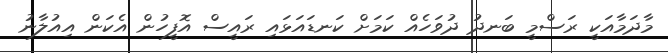
މާދަމާއަކީ ރަސްމީ ބަނދު ދުވަހެއް ކަމަށް ކަނޑައަޅައި ރައީސް އޮފީހުން އެކަން އިއުލާނު